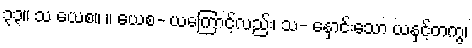
၃၃။ သ ယေစ။ ။ ယေစ- ယကြောင့်လည်း၊ သ- နှောင်းသော ယနှင့်တကွ၊